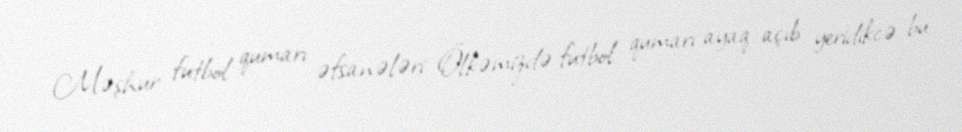
Məşhur futbol qumarı əfsanələri Ölkəmizdə futbol qumarı ayaq açıb yeridikcə bu